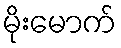
မိုးမောက်